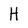
Character: H